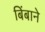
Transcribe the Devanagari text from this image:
बिंबाने